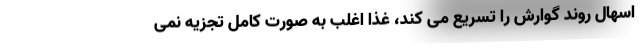
اسهال روند گوارش را تسریع می کند، غذا اغلب به صورت کامل تجزیه نمی